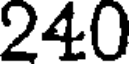
240